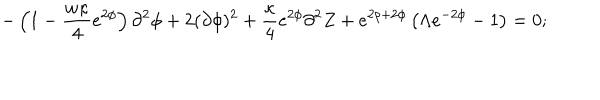
- \left( 1 - \frac { w \kappa } { 4 } e ^ { 2 \phi } \right) \partial ^ { 2 } \phi + 2 ( \partial \phi ) ^ { 2 } + \frac { \kappa } { 4 } e ^ { 2 \phi } \partial ^ { 2 } Z + e ^ { 2 \rho + 2 \phi } \left( \Lambda e ^ { - 2 \phi } - 1 \right) = 0 ;